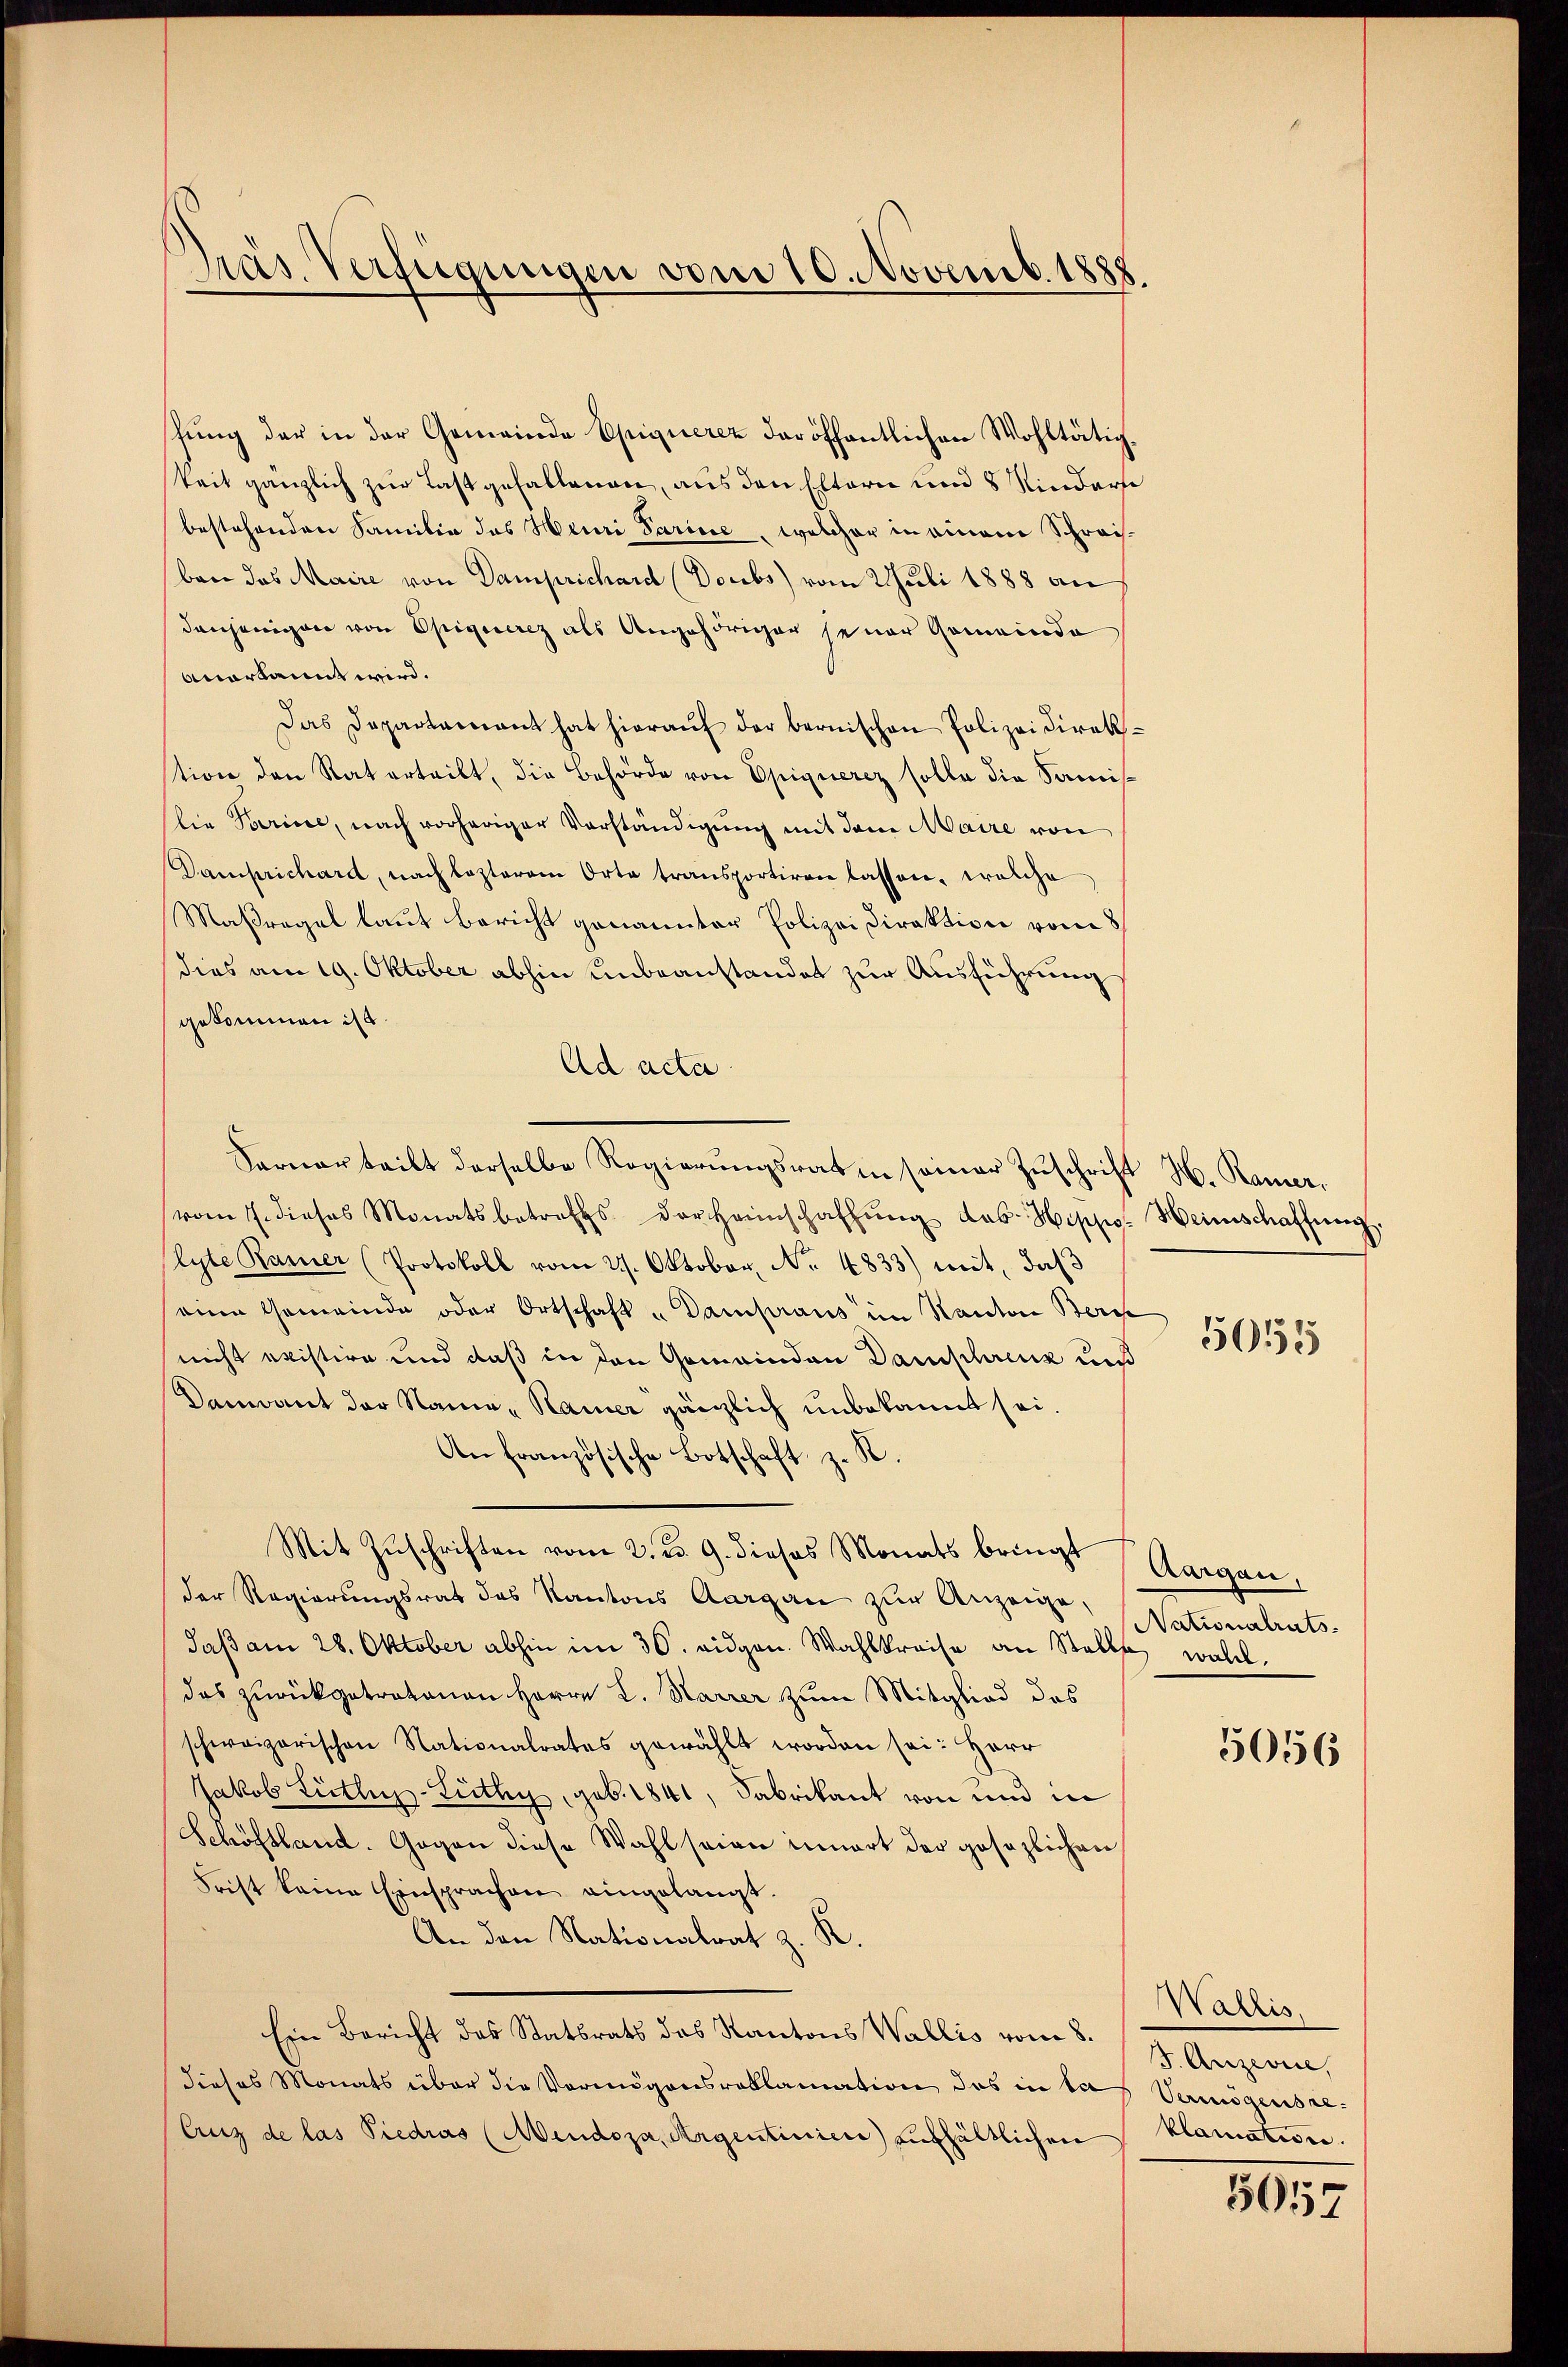
Präs. Verfügungen vom 10. Novemb. 1888.

shung der in der Gemeinde Epiquerez der öffentlichen Wohltätigkeit gänzlich zur Last gefallenen, aus den Eltern und 8 Kinderse
bestehenden Familie des Henri Parise, welcher in einem Schreiben das Maire von Damprichard (Doubs) vom Juli 1888 an
denjenigen von Opiquerez als Angehöriger seiner Gemeinda
anerkannt wird.
Das Departariant hat hieraŭf der bernischen Polizeidirekstion den Rat erteilt, die Behörde von Epiquerez solle die Samis
lie Parise, nach vorheriger Vorständigung mit dem Maire von
Damprichard, nach lezterem Orte transportiren lassen, welche
Maßregel laut Bericht genannter Polizei Direktion vom 8
dies am 19. Oktober abhin unbeanstandet zur Ausführung
gekommen ist.
Ad acta
vom 7. dieses Monatsbetreffs der Heimschaffŭng das Hippo- Heinschaffŭng.
lyte Kamer (Protokoll vom 27. Oktober, No. 4833) mit, daß
eine Gemeinde oder Ortschaft u Dampraus im Kanton Berc
nicht existire und daß in den Gemeinden Damschreuz und
Dandant der Name, Kamer gänzlich unbekannt sei.
An französische Botschaft z. B.
Mit Zŭschriften vom 2. d. 9. dieses Monats bringt
Der Regierungsrat des Kantons Aargau zur Anzeige,
Jaβ am 28. Oktober abhin im 30. eidgen. Wahlkreise an Stelle woll
das zurückgetretenen Herrn L. Karrer zum Mitglied das
schweizerischen Nationalrates gewählt worden sei: Herr
Jakob Lütlus-Lüthy, geb. 1841, Fabrikant von und in
Schöfsland. Gegen diese Wahl seien innert der gesezlichen
Frist keine Einsprachen eingelangt.
An den Nationalrat z. K.
Ein Bericht des Statsrats das Kantons Wallis vom 8.
dieses Monats über die Vermögensroklamation das in las Vermögensre¬
Auz de las Piedras (Mendoza, Argentinien) aufhältlichen klamation.

Sarnorteilt derselbe Regierŭngsrat in seiner Zŭschrift H. Ramer,

5055

Aargau,
Nationalrats.

5056

Wallis,
J. Anzevice,

5057